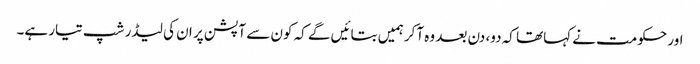
اور حکومت نے کہاتھا کہ دو، دن بعد وہ آکر ہمیں بتائیں گے کہ کون سے آپشن پر ان کی لیڈر شپ تیار ہے۔